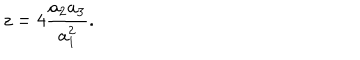
z = 4 \frac { a _ { 2 } a _ { 3 } } { a _ { 1 } ^ { 2 } } .